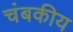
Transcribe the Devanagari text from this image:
चंबकीय